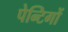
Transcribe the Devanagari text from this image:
पेन्टिगों